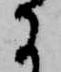
に